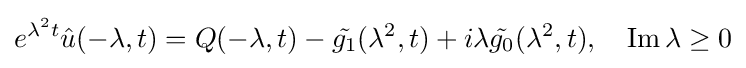
e^{\lambda ^{2}t}{\hat {u}}(-\lambda ,t)=Q(-\lambda ,t)-{\tilde {g_{1}}}(\lambda ^{2},t)+i\lambda {\tilde {g_{0}}}(\lambda ^{2},t),\quad \operatorname {Im} \lambda \geq 0